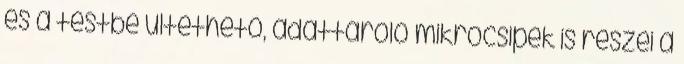
és a testbe ültethető, adattároló mikrocsipek is részei a